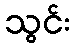
သွင်း